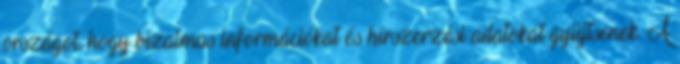
országot, hogy bizalmas információkat és hírszerzési adatokat gyűjtsenek. A